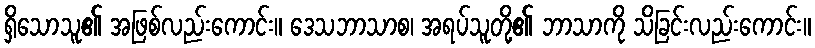
ရှိသောသူ၏ အဖြစ်လည်းကောင်း။ ဒေသဘာသာစ၊ အရပ်သူတို့၏ ဘာသာကို သိခြင်းလည်းကောင်း။